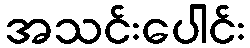
အသင်းပေါင်း